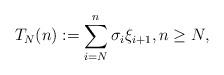
LaTeX: \begin{align*}T_N(n):=\sum_{i=N}^{n} \sigma_i\xi_{i+1}, n\ge N,\end{align*}